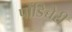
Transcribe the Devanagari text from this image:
पोंडिच्चेरी